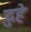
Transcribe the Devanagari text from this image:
दुहे